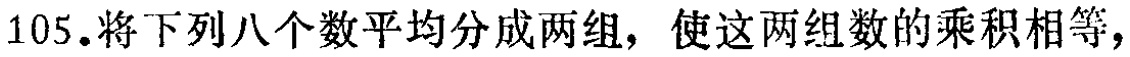
105.将下列八个数平均分成两组，使这两组数的乘积相等，